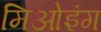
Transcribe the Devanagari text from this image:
मिओइंग